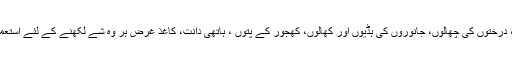
دنیا جب تحریر کے فن سے روشناس ہوئی تو انسان نے چٹانوں، درختوں کی چھالوں، جانوروں کی ہڈیوں اور کھالوں، کھجور کے پتوں ، ہاتھی دانت، کاغذ غرض ہر وہ شے لکھنے کے لئے استعمال کی، جس سے وہ اپنے دل کی بات دوسروں تک پہنچا سکے۔